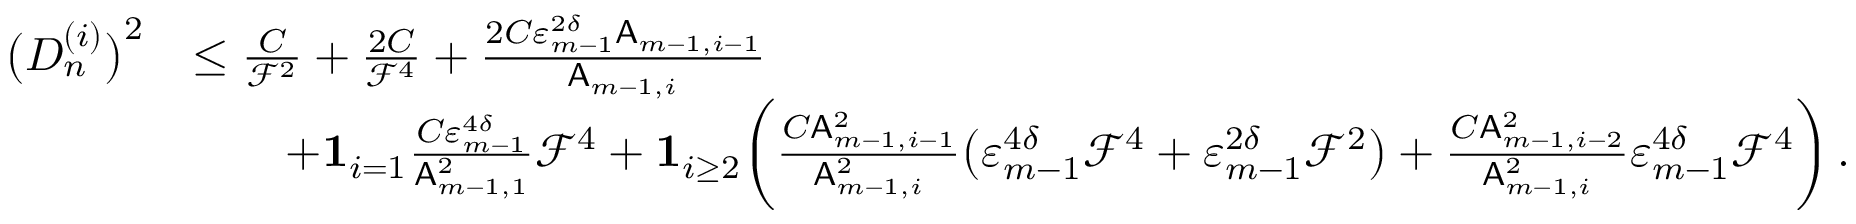
\begin{array} { r l } { \bigl ( D _ { n } ^ { ( i ) } \bigr ) ^ { 2 } } & { \leq \frac { C } { \mathcal { F } ^ { 2 } } + \frac { 2 C } { \mathcal { F } ^ { 4 } } + \frac { 2 C \varepsilon _ { m - 1 } ^ { 2 \delta } \mathsf { A } _ { m - 1 , i - 1 } } { \mathsf { A } _ { m - 1 , i } } } \\ & { \qquad + { \bf 1 } _ { i = 1 } \frac { C \varepsilon _ { m - 1 } ^ { 4 \delta } } { \mathsf { A } _ { m - 1 , 1 } ^ { 2 } } \mathcal { F } ^ { 4 } + { \bf 1 } _ { i \geq 2 } \biggl ( \frac { C \mathsf { A } _ { m - 1 , i - 1 } ^ { 2 } } { \mathsf { A } _ { m - 1 , i } ^ { 2 } } \bigl ( \varepsilon _ { m - 1 } ^ { 4 \delta } \mathcal { F } ^ { 4 } + \varepsilon _ { m - 1 } ^ { 2 \delta } \mathcal { F } ^ { 2 } \bigr ) + \frac { C \mathsf { A } _ { m - 1 , i - 2 } ^ { 2 } } { \mathsf { A } _ { m - 1 , i } ^ { 2 } } \varepsilon _ { m - 1 } ^ { 4 \delta } \mathcal { F } ^ { 4 } \biggr ) \, . } \end{array}